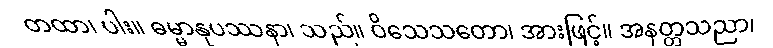
တထာ၊ ပါး။ ဓမ္မာနုပဿနာ၊ သည်။ ဝိသေသတော၊ အားဖြင့်။ အနတ္တသညာ၊